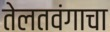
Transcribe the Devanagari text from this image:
तेलतवंगाचा